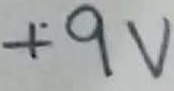
Text: +9V